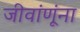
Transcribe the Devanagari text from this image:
जीवांणूंना